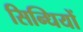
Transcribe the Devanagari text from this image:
सिन्धियों